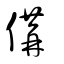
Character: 傋